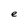
Character: e